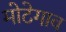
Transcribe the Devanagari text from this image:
मोटेगाव